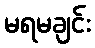
မရမချင်း